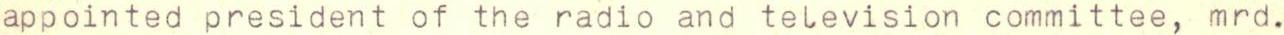
appointed president of the radio and television committee, mrd.